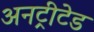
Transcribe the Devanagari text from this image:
अनट्रीटेड